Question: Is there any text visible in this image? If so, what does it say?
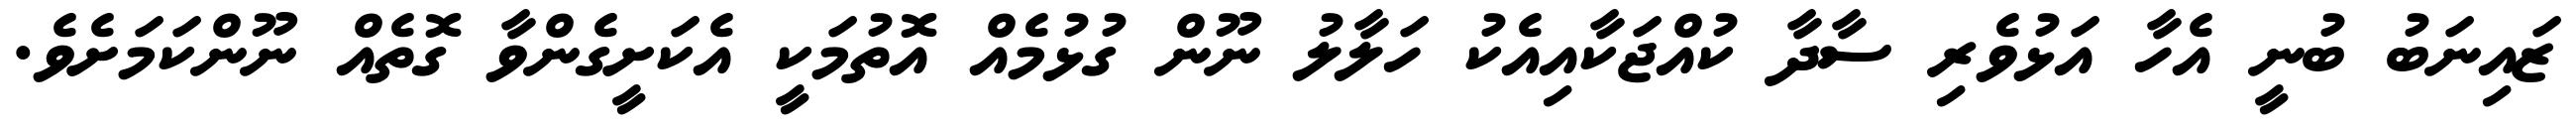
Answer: ޒައިނަބު ބުނީ އެހާ އަޅުވެރި ސާދާ ކުއްޖަކާއިއެކު ހަލާލު ނޫން ގުޅުމެއް އޮތުމަކީ އެކަށީގެންވާ ގޮތެއް ނޫންކަމަށެވެ.